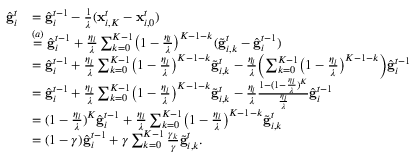
\begin{array} { r l } { \hat { \mathbf { g } } _ { i } ^ { t } } & { = \hat { \mathbf { g } } _ { i } ^ { t - 1 } - \frac { 1 } { \lambda } ( \mathbf { x } _ { i , K } ^ { t } - \mathbf { x } _ { i , 0 } ^ { t } ) } \\ & { \overset { ( a ) } { = } \hat { \mathbf { g } } _ { i } ^ { t - 1 } + \frac { \eta _ { l } } { \lambda } \sum _ { k = 0 } ^ { K - 1 } \bigl ( 1 - \frac { \eta _ { l } } { \lambda } \bigr ) ^ { K - 1 - k } ( \tilde { \mathbf { g } } _ { i , k } ^ { t } - \hat { \mathbf { g } } _ { i } ^ { t - 1 } ) } \\ & { = \hat { \mathbf { g } } _ { i } ^ { t - 1 } + \frac { \eta _ { l } } { \lambda } \sum _ { k = 0 } ^ { K - 1 } \bigl ( 1 - \frac { \eta _ { l } } { \lambda } \bigr ) ^ { K - 1 - k } \tilde { \mathbf { g } } _ { i , k } ^ { t } - \frac { \eta _ { l } } { \lambda } \Bigl ( \sum _ { k = 0 } ^ { K - 1 } \bigl ( 1 - \frac { \eta _ { l } } { \lambda } \bigr ) ^ { K - 1 - k } \Bigr ) \hat { \mathbf { g } } _ { i } ^ { t - 1 } } \\ & { = \hat { \mathbf { g } } _ { i } ^ { t - 1 } + \frac { \eta _ { l } } { \lambda } \sum _ { k = 0 } ^ { K - 1 } \bigl ( 1 - \frac { \eta _ { l } } { \lambda } \bigr ) ^ { K - 1 - k } \tilde { \mathbf { g } } _ { i , k } ^ { t } - \frac { \eta _ { l } } { \lambda } \frac { 1 - ( 1 - \frac { \eta _ { l } } { \lambda } ) ^ { K } } { \frac { \eta _ { l } } { \lambda } } \hat { \mathbf { g } } _ { i } ^ { t - 1 } } \\ & { = ( 1 - \frac { \eta _ { l } } { \lambda } ) ^ { K } \hat { \mathbf { g } } _ { i } ^ { t - 1 } + \frac { \eta _ { l } } { \lambda } \sum _ { k = 0 } ^ { K - 1 } \bigl ( 1 - \frac { \eta _ { l } } { \lambda } \bigr ) ^ { K - 1 - k } \tilde { \mathbf { g } } _ { i , k } ^ { t } } \\ & { = ( 1 - \gamma ) \hat { \mathbf { g } } _ { i } ^ { t - 1 } + \gamma \sum _ { k = 0 } ^ { K - 1 } \frac { \gamma _ { k } } { \gamma } \tilde { \mathbf { g } } _ { i , k } ^ { t } . } \end{array}